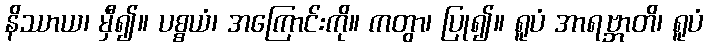
နိဿာယ၊ မှီ၍။ ပစ္စယံ၊ အကြောင်းကို။ ကတွာ၊ ပြု၍။ ရူပံ အာရဗ္ဘာတိ၊ ရူပံ